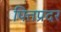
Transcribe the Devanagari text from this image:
पित्तप्रदर